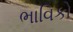
ભાવિકો